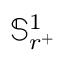
\mathbb { S } _ { r ^ { + } } ^ { 1 }